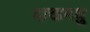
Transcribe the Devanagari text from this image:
दाखमधु